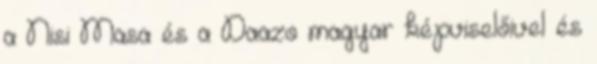
a Nisi Masa és a Daazo magyar képviselőivel és